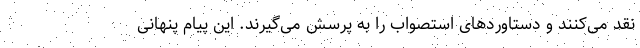
نقد می‌کنند و دستاوردهای استصواب را به پرسش می‌گیرند. این پیام پنهانی